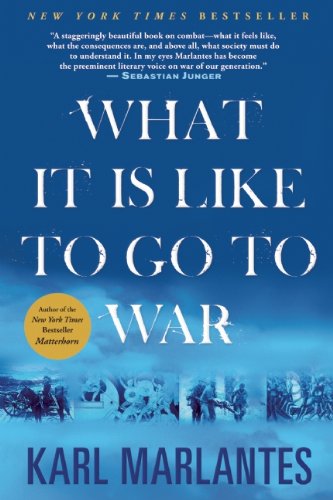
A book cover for What It Is Like To Go To War; Karl Marlantes; History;